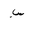
Letter: _sin